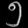
Digit: ၅